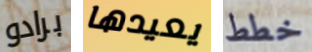
برادو يعيدها خطط